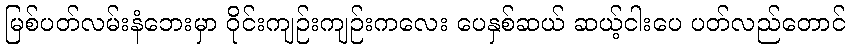
မြစ်ပတ်လမ်းနံဘေးမှာ ဝိုင်းကျဉ်းကျဉ်းကလေး ပေနှစ်ဆယ် ဆယ့်ငါးပေ ပတ်လည်တောင်